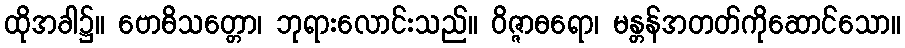
ထိုအခါ၌။ ဗောဓိသတ္တော၊ ဘုရားလောင်းသည်။ ဝိဇ္ဇာဓရော၊ မန္တန်အတတ်ကိုဆောင်သော။